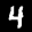
Label: 4